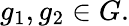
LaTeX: g_{1},g_{2}\in G.